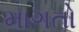
માગતો